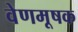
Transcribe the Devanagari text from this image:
वेणमूषक